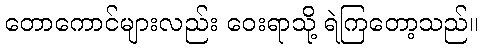
တောကောင်များလည်း ဝေးရာသို့ ရဲကြတော့သည်။